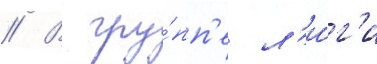
// В гру́пп'е л'и́г'и